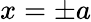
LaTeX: x=\pm a